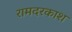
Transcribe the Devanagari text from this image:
रामदरकाश